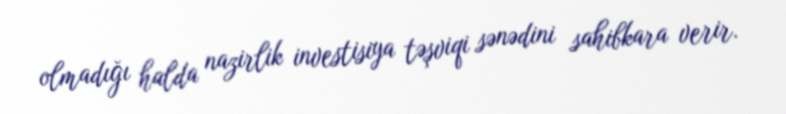
olmadığı halda nazirlik investisiya təşviqi sənədini sahibkara verir.